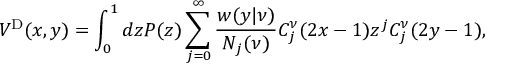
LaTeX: V ^ { \mathrm { D } } ( x , y ) = \int _ { 0 } ^ { 1 } d z P ( z ) \sum _ { j = 0 } ^ { \infty } \frac { w ( y | \nu ) } { N _ { j } ( \nu ) } C _ { j } ^ { \nu } ( 2 x - 1 ) z ^ { j } C _ { j } ^ { \nu } ( 2 y - 1 ) ,